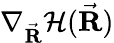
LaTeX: \nabla_{\vec{\mathbf R}}\mathcal{H}(\vec{\mathbf R})